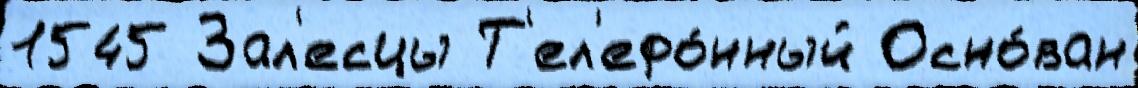
1545 Зал'есцы Т'ел'ефо́нный Осно́ван